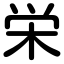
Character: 栄